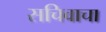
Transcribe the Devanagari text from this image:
सचिवाचा